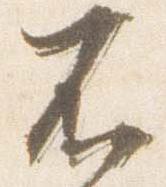
不